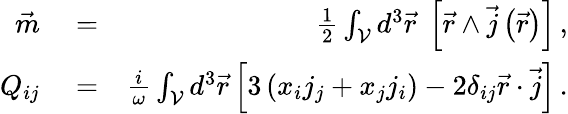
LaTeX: \begin{array}{rlr}{\vec{m}}&{{}=}&{\frac 12\int_{\mathcal{V}}d^{3}\vec{r}\; \left[\vec{r}\wedge\vec{j}\left(\vec{r}\right)\right]\, ,}\\ {Q_{ij}}&{{}=}&{\frac{i}{\omega}\int_{\mathcal{V}}d^{3}\vec{r}\left[3\left(x_{i}j_{j}+x_{j}j_{i}\right)-2\delta_{ij}\vec{r}\cdot\vec{j}\right]\, .}\end{array}